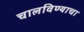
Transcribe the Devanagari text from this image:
चालविण्‍याचा